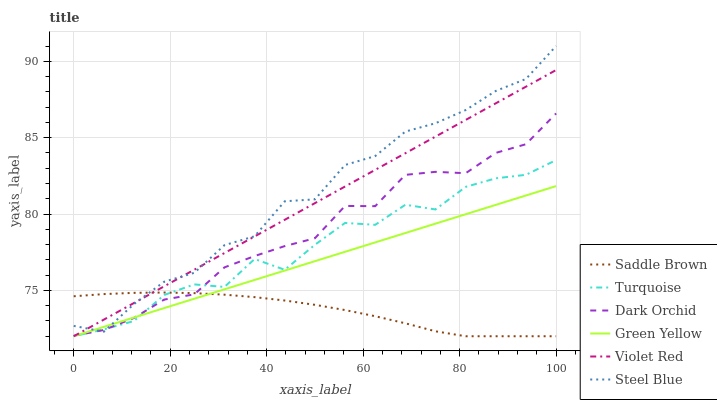
| xaxis_label | Saddle Brown | Turquoise | Dark Orchid | Green Yellow | Violet Red | Steel Blue |
 | --- | --- | --- | --- | --- | --- | --- |
 | 0 | 74.6 | 72 | 72 | 72 | 72 | 72.7 |
 | 6.25 | 74.8 | 72.4 | 72.4 | 72.6 | 73.1 | 72.3 |
 | 12.5 | 74.8 | 73 | 73.2 | 73.2 | 74.2 | 74.1 |
 | 18.8 | 74.9 | 74.7 | 74.4 | 73.8 | 75.3 | 75.6 |
 | 25 | 74.8 | 75.4 | 74.7 | 74.5 | 76.4 | 76.2 |
 | 31.2 | 74.7 | 75.2 | 76.5 | 75.1 | 77.4 | 78 |
 | 37.5 | 74.6 | 77.1 | 77.2 | 75.7 | 78.5 | 78.5 |
 | 43.8 | 74.3 | 76.4 | 77.9 | 76.3 | 79.6 | 80.8 |
 | 50 | 74.1 | 78 | 78.4 | 76.9 | 80.7 | 81 |
 | 56.2 | 73.7 | 79.4 | 80.5 | 77.5 | 81.8 | 83.2 |
 | 62.5 | 73.3 | 79.3 | 80.5 | 78.1 | 82.9 | 83.8 |
 | 68.8 | 72.8 | 80.6 | 82.6 | 78.8 | 84 | 85.4 |
 | 75 | 72.3 | 80.3 | 82.8 | 79.4 | 85.1 | 85.9 |
 | 81.2 | 72 | 81.8 | 82.7 | 80 | 86.2 | 86.8 |
 | 87.5 | 72 | 82.3 | 84 | 80.6 | 87.2 | 88.1 |
 | 93.8 | 72 | 82.6 | 84.6 | 81.2 | 88.3 | 88.8 |
 | 100 | 72 | 83.5 | 86.6 | 81.8 | 89.4 | 91 |